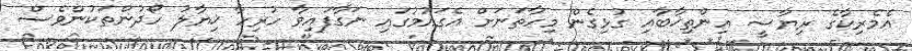
އެމެރިކާގެ ރިޔާސީ އިންތިޚާބާއި ގުޅިގެން މިހާތަނަށް އެގައުމުގައި ނަގާފައިވާ ހުރިހާ ޚިޔާލު ހޯދުންތަކުންވެސް